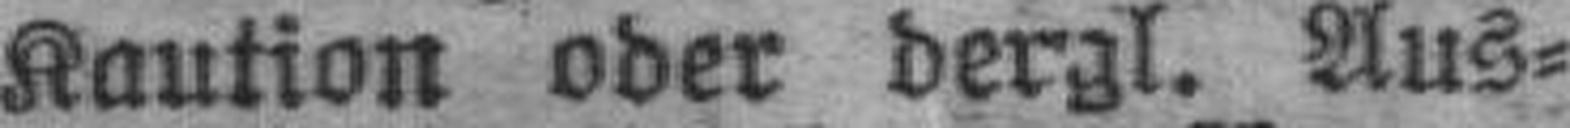
Kaution oder dergl. Aus¬